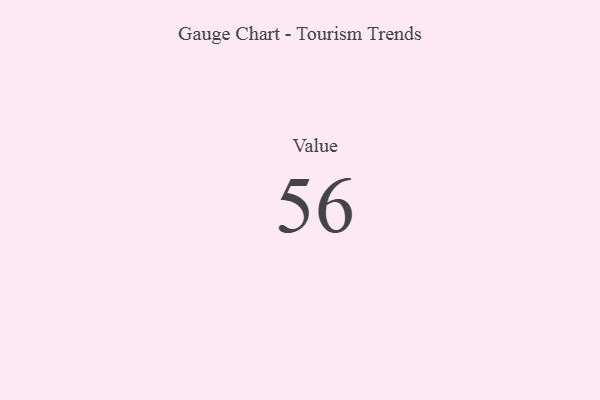
{"axis": {"x": "Metric", "y": "Value"}, "legend": [""], "data": [{"x": "Value", "y": 56, "type": ""}]}